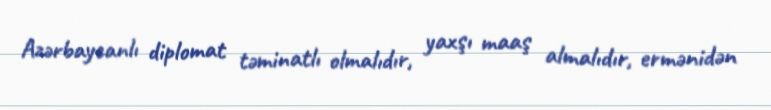
Azərbaycanlı diplomat təminatlı olmalıdır, yaxşı maaş almalıdır, ermənidən